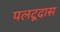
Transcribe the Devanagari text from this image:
पलटूदास